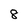
Character: 8